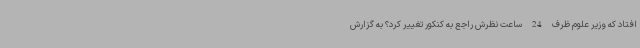
افتاد که وزیر علوم ظرف 24 ساعت نظرش راجع به کنکور تغییر کرد؟ به گزارش